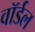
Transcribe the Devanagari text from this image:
वॉर्डल